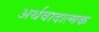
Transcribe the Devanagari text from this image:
अर्थवादात्मक